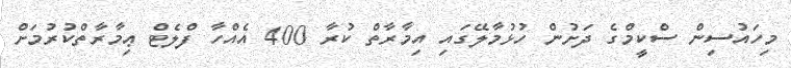
މިހައުސިން ސްކީމްގެ ދަށުން ހުޅުމާލޭގައި އިމާރާތް ކުރާ 400 އެއްހާ ފްލެޓް ޢިމާރާތްކުރުމަށް